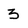
Character: 3